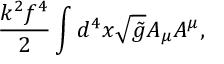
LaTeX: \frac { k ^ { 2 } f ^ { 4 } } { 2 } \int d ^ { 4 } x \sqrt { \tilde { g } } A _ { \mu } A ^ { \mu } ,